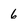
Character: 6